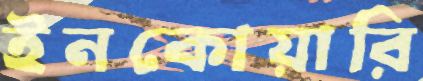
ইনকোয়ারি